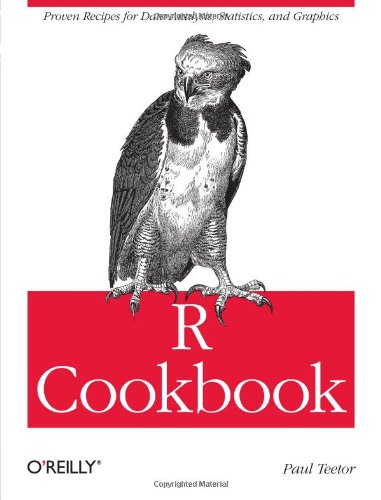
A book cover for R Cookbook (O'Reilly Cookbooks); Paul Teetor; Computers & Technology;